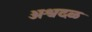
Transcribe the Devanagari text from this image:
अश्वदळ